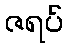
ဇရပ်